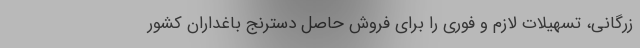
زرگانی، تسهیلات لازم و فوری را برای فروش حاصل دسترنج باغداران کشور